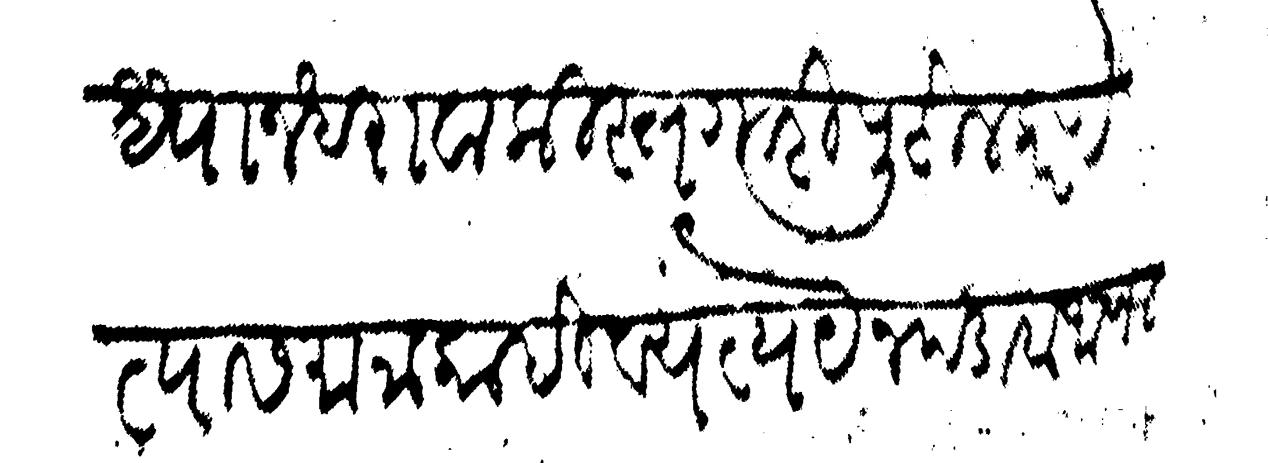
Transliteration (Devanagari): सुध्धा न धरावा किस्तगारी पुढील करणे त्यास मात्र काही व्यत्यये न पडावा जाणिजे